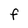
Character: f